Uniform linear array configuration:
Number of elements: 24
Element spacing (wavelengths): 1
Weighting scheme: hamming
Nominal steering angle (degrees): -30
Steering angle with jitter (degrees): -29.529
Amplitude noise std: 0.05
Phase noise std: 0.05

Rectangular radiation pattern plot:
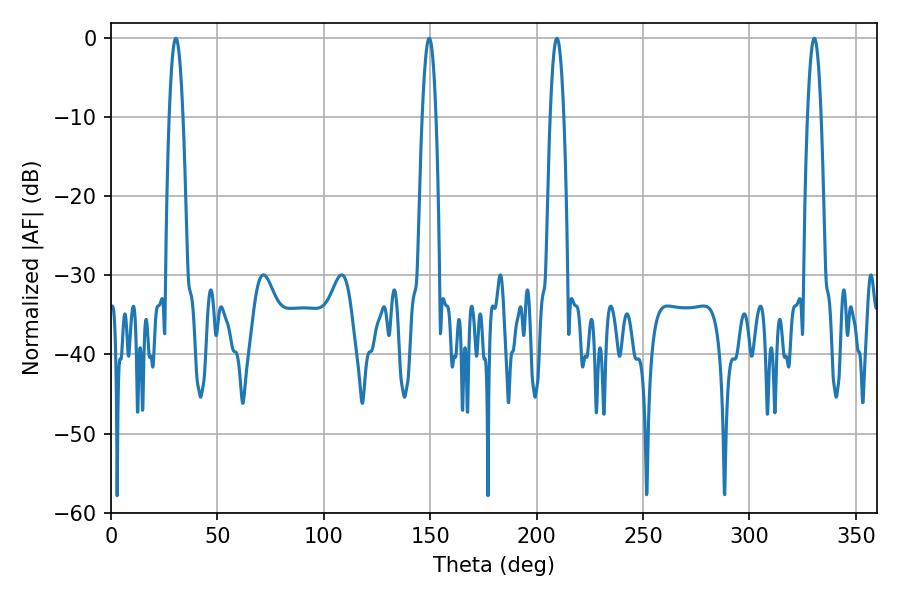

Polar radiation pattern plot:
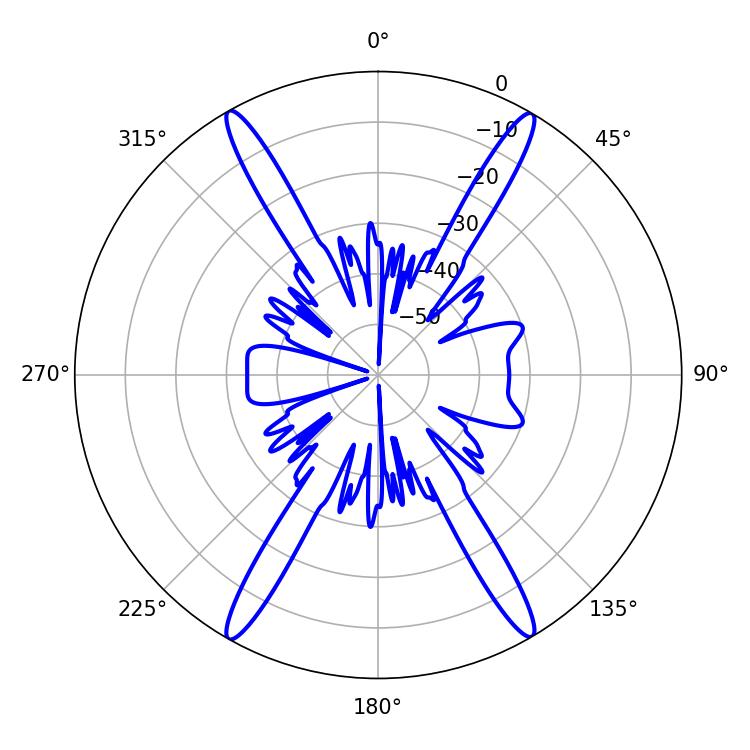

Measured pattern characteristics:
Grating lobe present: TRUE
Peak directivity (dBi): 28.328
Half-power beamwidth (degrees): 3.6
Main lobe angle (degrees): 209.52